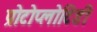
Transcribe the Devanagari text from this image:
प्रोटोप्लोटिडी